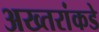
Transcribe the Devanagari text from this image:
अख्तरांकडे